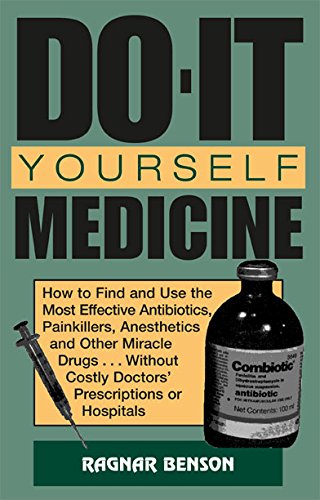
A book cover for Do-It-Yourself Medicine: How to Find and Use the Most Effective Antibiotics, Painkillers, Anesthetics and Other Miracle Drugs... Without Costly Doctors' Prescriptions or Hospitals; Ragnar Benson; Medical Books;